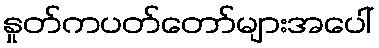
နှုတ်ကပတ်တော်များအပေါ်